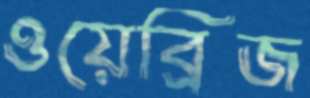
ওয়েব্রিজ